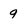
Character: 9